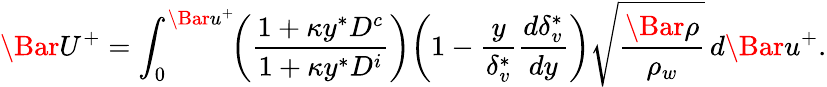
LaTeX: \Bar{U}^{+}=\int_{0}^{\Bar{u}^{+}}\! \! \left({\frac{1+\kappa y^{*}{D^{c}}}{1+\kappa{y^{*}}{D^{i}}}}\right){\left({1-\frac{y}{\delta_{v}^{*}}\frac{d\delta_{v}^{*}}{dy}}\right)}\sqrt{\frac{\Bar{\rho}}{\rho_{w}}}\, {d\Bar{u}^{+}}.